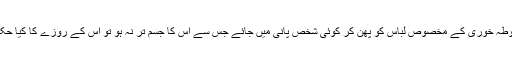
اگر غوطہ خوری کے مخصوص لباس کو پھن کر کوئی شخص پانی میں جائے جس سے اس کا جسم تر نہ ہو تو اس کے روزے کا کیا حکم ہے؟